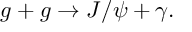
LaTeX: g + g \rightarrow J / \psi + \gamma .